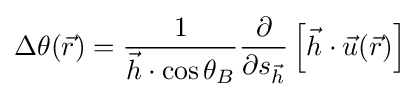
\Delta \theta ({\vec {r}})={\frac {1}{{\vec {h}}\cdot \cos \theta _{B}}}{\frac {\partial }{\partial s_{\vec {h}}}}\left[{\vec {h}}\cdot {\vec {u}}({\vec {r}})\right]